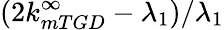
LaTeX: (2k_{mTGD}^{\infty}-\lambda_{1})/\lambda_{1}